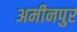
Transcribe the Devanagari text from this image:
अमीनपुर